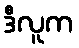
ဒီလူက